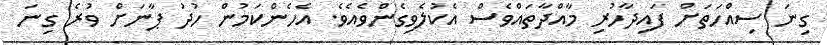
ގިނަ ސިއްހަތަށް ފައިދާހުރި މާއްދާތައްވެސް އެކުލެވިގެންވެއެވެ. އެހެންކަމުން ހުދު ޕާނަށް ވުރެ ގިނަ